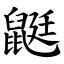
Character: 鼮